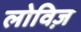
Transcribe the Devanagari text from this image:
लोविज़